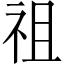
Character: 祖